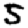
Digit: 5